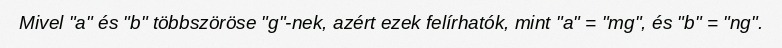
Mivel "a" és "b" többszöröse "g"-nek, azért ezek felírhatók, mint "a" = "mg", és "b" = "ng".